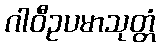
ဂါဝီဥပမာသုတ္တံ